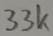
Text: 33k